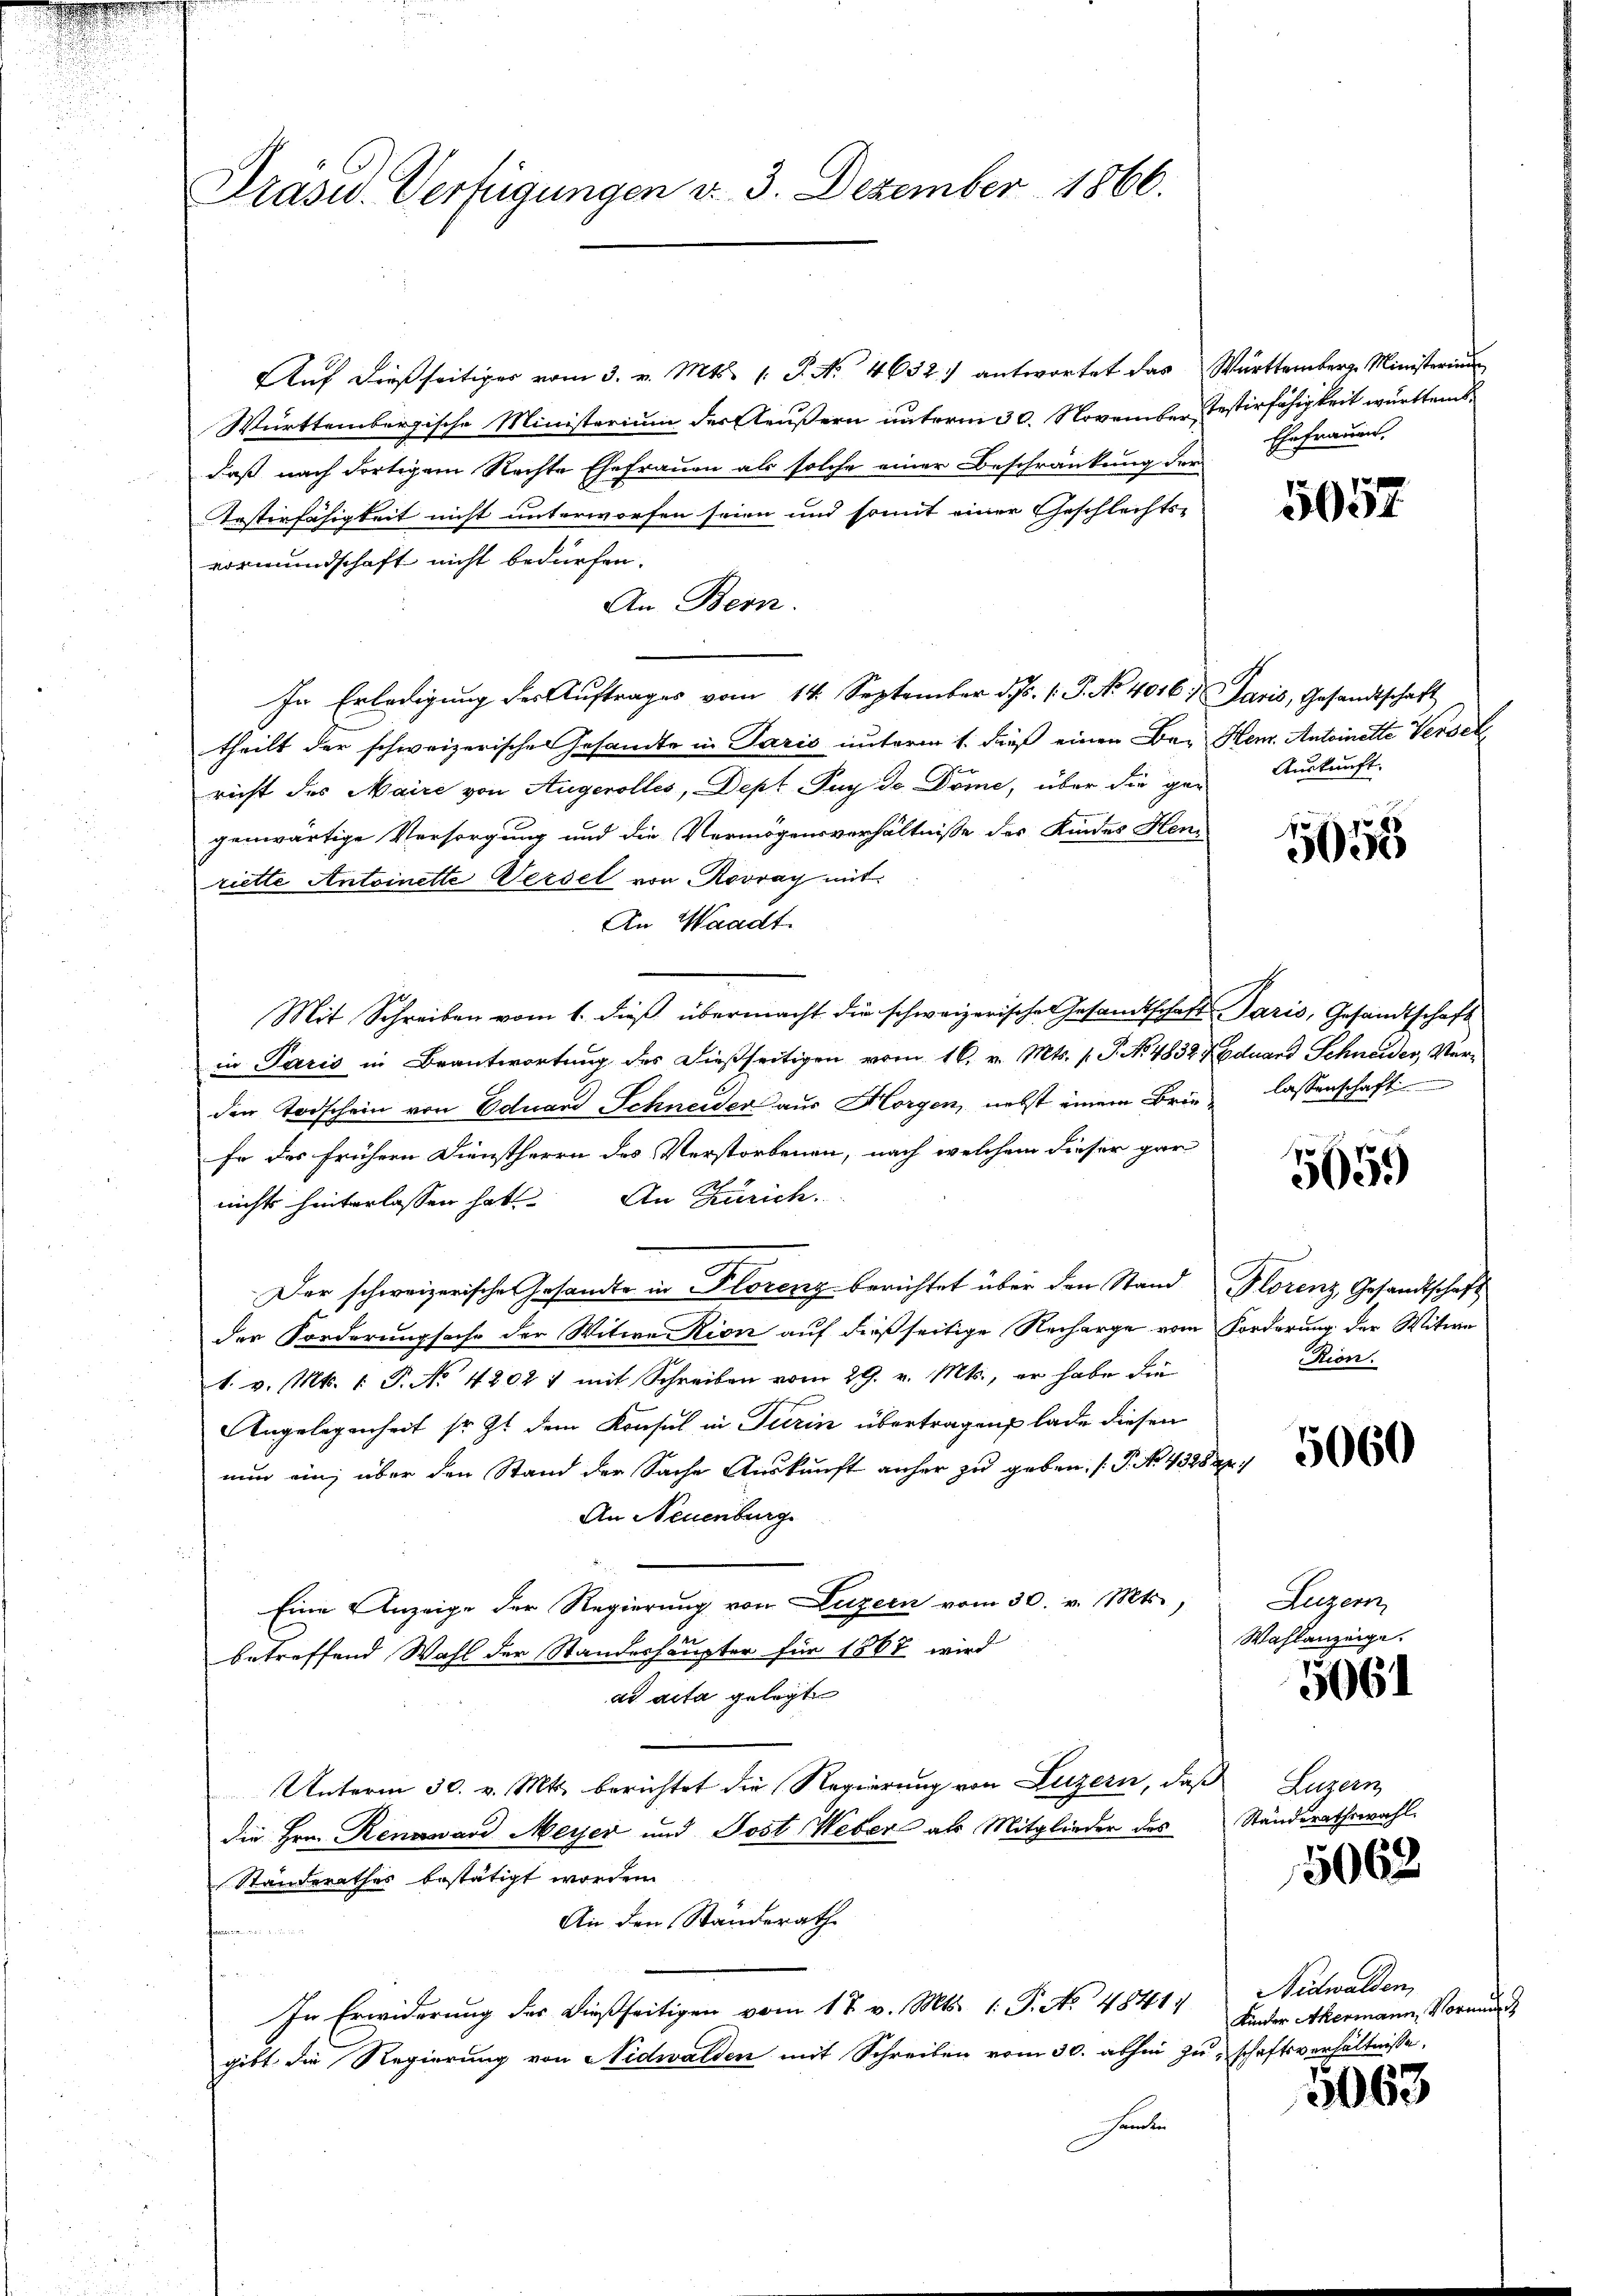
Präsid. Verfügungen v. 3. Dezember 1866.

Aŭf dießseitiger vom 3. v. Mts. 1. P. Nr. 4632) antwortet das Württemberg. Ministeri
Württembergische Ministerium der Aeußern unterm 30. November, Testirfähigkeit württems
daß nach dortigem Rechte Ehefrauen als solche einer Beschränkung der
Testerfähigkeit nicht unterworfen seien und somit einer Geschlechts-
vormundschaft nicht bedürfen.
An Bern.
In Erledigung der Auftrages vom 14. September d. Js. v. J. No. 4016. Paris, Gesandtschaft
theilt der schweizerischen Gesandte in Paris unterm 1. dieß einen Be- Heur. Antoinette Versel
richt des Maire von Augerolles, Dept Puy de Dome, über die gar Auskunft.
genwärtige Versorgung und die Vermögensverhältnisse des Kindes Hen
riette Antoinette Versel von Rovray mit
An Waadt.
Mit Schreiben vom 1. dieß übermacht die schweizerische Gesandtschaft Paris, Gesandtschaft
in Paris in Beantwortung des dießseitigen vom 16. v. Mts. 1. P. No. 4832 Eduard Schneider, Verden Todschein von Eduard Schneider aus Horgen, nebst einem Brie lassenschaft
fe des frühern Dienstherrn des Verstorbenen, nach welchem dieser gar
nichts hinterlassen hat. An Zürich.
Der schweizerische Gesandte in Florenz berichtet über den Stand Florenz, Gesandtschaft
der Forderungsache der Witwe Rion auf dießseitige Recharge vom Forderung der Witwe
t. v. Mts. 1. P. No. 42021 mit Schreiben vom 29. v. Mts., er habe die
Angelegenheit so zu dem Konsul in Teerin übertragen lade diesen
nun einz über den Stand der Sache Auskunft anher zu geben. (T. No. 43282.
An Neuenburg
Eine Anzeige der Regierung von Luzern vom 30. v. Mts.,
betreffend Wahl der Standeshäupter für 1862 wird
ad acta gelegte
Unterm 30. v. Mts. berichtet die Regierung von Luzern, daß Luzern
die Hrn. Rennward Meyer und Post Weber als Mitglieder des Ständerathswahl
Standerathes bestätigt worden.
An den Ständerath
e
In Erwiderung des dießseitigen vom 17. v. Mts. 1. P. No 4841.
gibt die Regierung von Nidwalden mit Schreiben vom 30. abhin zu schaftsverhältnisse,
handen

Ehefrauen.

5057

1055

5059

Rion.

5060

Luzern
Wahlanzeige.

5061

5062

Nidwalden,
Kinder Akermann, Vormun

5063